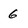
Character: 6